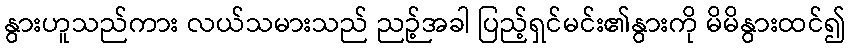
နွားဟူသည်ကား လယ်သမားသည် ညဉ့်အခါ ပြည့်ရှင်မင်း၏နွားကို မိမိနွားထင်၍